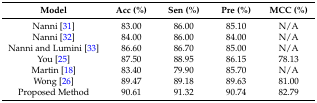
| Model | Acc (%) | Sen (%) | Pre (%) | MCC (%) |
 | --- | --- | --- | --- | --- |
 | Nanni [31] | 83.00 | 86.00 | 85.10 | N/A |
 | Nanni [32] | 84.00 | 86.00 | 84.00 | N/A |
 | Nanni and Lumini [33] | 86.60 | 86.70 | 85.00 | N/A |
 | You [25] | 87.50 | 88.95 | 86.15 | 78.13 |
 | Martin [18] | 83.40 | 79.90 | 85.70 | N/A |
 | Wong [26] | 89.47 | 89.18 | 89.63 | 81.00 |
 | Proposed Method | 90.61 | 91.32 | 90.74 | 82.79 |